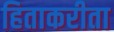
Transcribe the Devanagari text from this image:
हिताकरीता